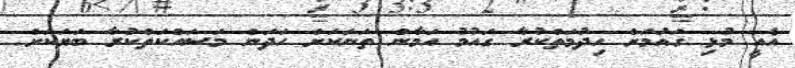
އެއީ މުޅި ގައުމަށް ހިދުމަތްކުރާ ގައުމު އަމާން ތަނަކަށް ހަދަން މަސައްކަތްކުރާ ބަޔަކަށް